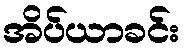
အိပ်ယာခင်း